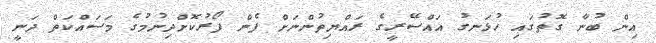
އިން ބުނާ ގޮތުގައި ހުޅަނގު އައްސޭރީގެ ރައްޔިތުންނަށް ފެން ފޯރުކޮށްދިނުމުގެ މަސައްކަތް ދަނީ